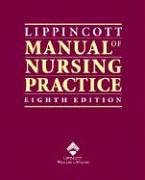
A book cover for Lippincott Manual of Nursing Practice; Sandra M. Nettina MSN  ANP-BC; Medical Books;